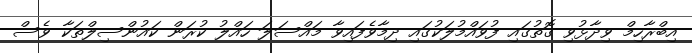
އިބްރާހިމް ވިދާޅުވި ގޮތުގައި ފުވައްމުލަކުގައި ދިމާވެފައިވާ މައްސަލަ ހައްލު ކުރަން ކައުންސިލްތަކާ ވެސް